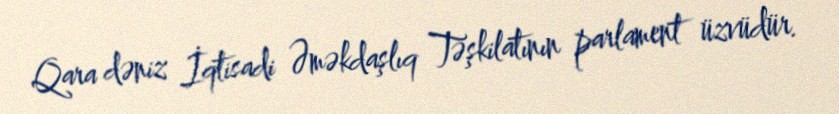
Qara dəniz İqtisadi Əməkdaşlıq Təşkilatının parlament üzvüdür.